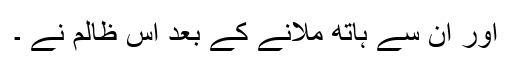
اور ان سے ہاتھ ملانے کے بعد اس ظالم نے ۔